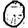
Digit: 0